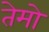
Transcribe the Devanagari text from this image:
तेमो